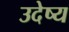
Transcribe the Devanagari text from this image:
उदेष्य